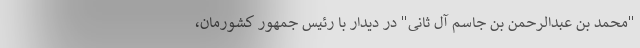
"محمد بن عبدالرحمن بن جاسم آل ثانی" در دیدار با رئیس جمهور کشورمان،